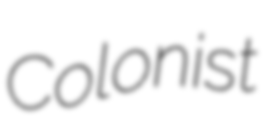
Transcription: Colonist